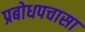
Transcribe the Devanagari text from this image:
प्रबोधपचासा